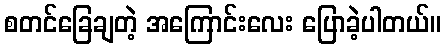
စတင်ခြေချတဲ့ အကြောင်းလေး ပြောခဲ့ပါတယ်။